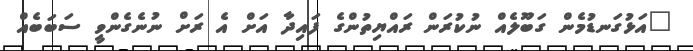
"އަޅުގަނޑުމެން ގަބޫލެއް ނުކުރަން ރައްޔިތުންގެ ފައިދާ އަށް އެ ރަށް ނުނެގެންވީ ސަބަބެއް